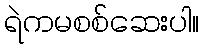
ရဲကမစစ်ဆေးပါ။